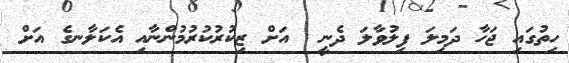
ހިތުގައި ޖަހާ ދަމިލަ ފިލުވާލަ ދެނީ  އަށް ޒިކުރުކުރުމުންނާއި އެކަލާނގެ އަށް